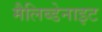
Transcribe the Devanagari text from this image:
मैलिब्डेनाइट